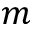
m